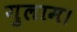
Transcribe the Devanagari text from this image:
गुलाम।